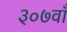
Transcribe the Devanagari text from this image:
३०७वाँ